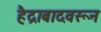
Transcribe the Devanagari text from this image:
हैद्राबादवरून